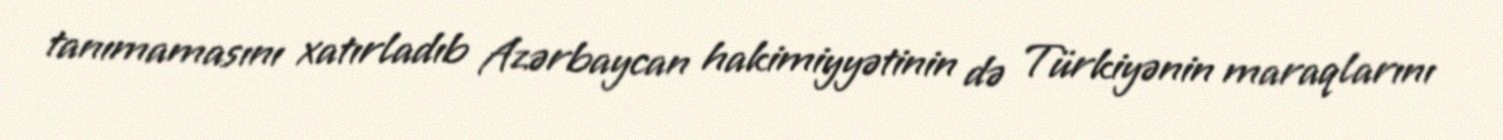
tanımamasını xatırladıb Azərbaycan hakimiyyətinin də Türkiyənin maraqlarını